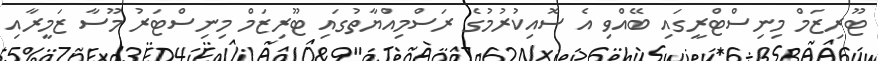
ޓޫރިޒަމް މިނިސްޓްރީގައި ބޭއްވި އެ ސޮއިކުރުމުގެ ރަސްމިއްޔާތުގައި ޓޫރިޒަމް މިނިސްޓަރު މޫސާ ޒަމީރާއި